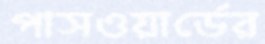
পাসওয়ার্ডের